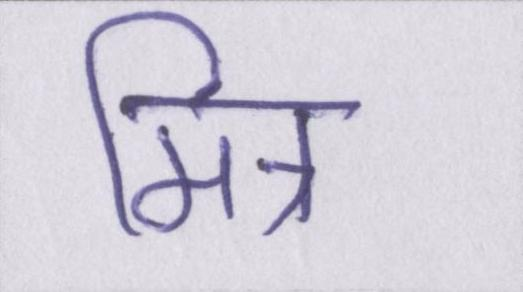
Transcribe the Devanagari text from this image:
मित्र